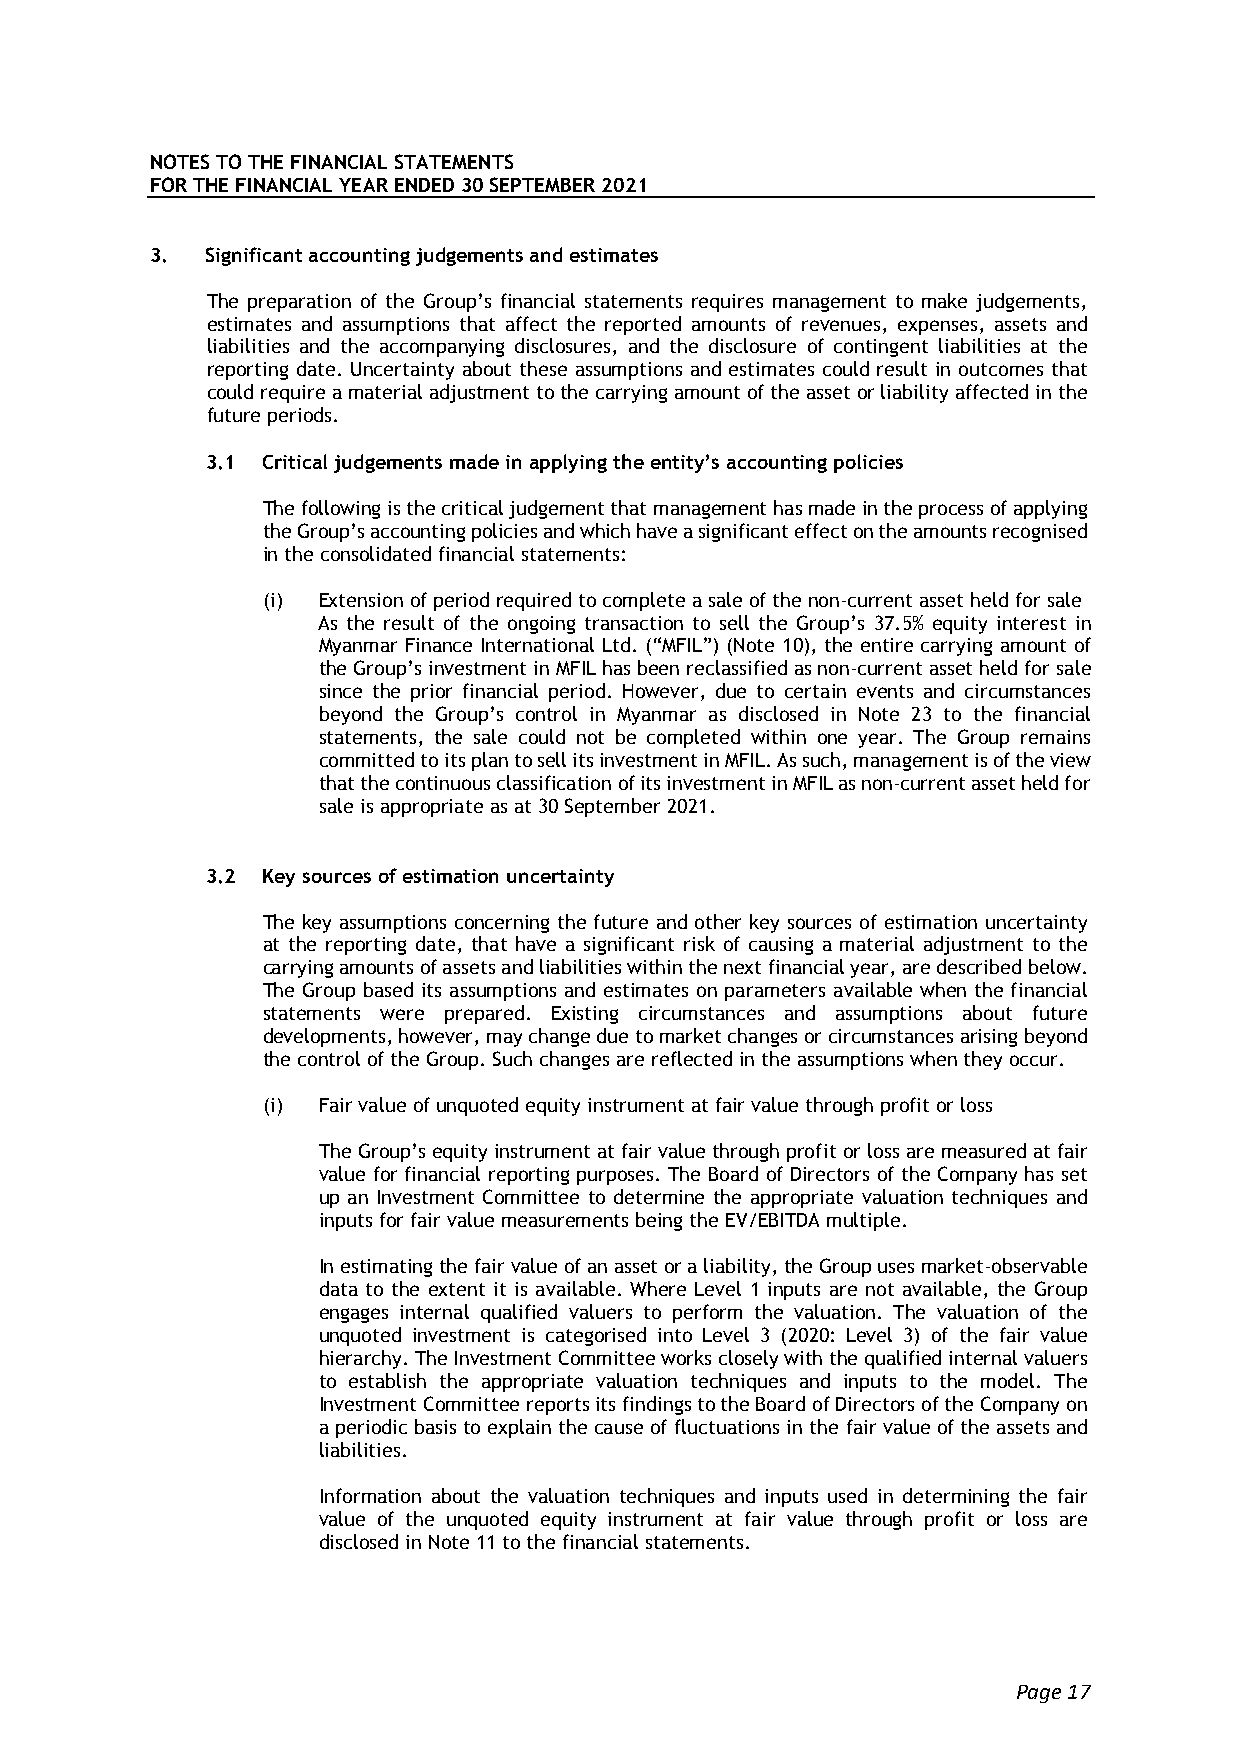
NOTES TO THE FINANCIAL STATEMENTS
 FOR THE FINANCIAL YEAR ENDED 30 SEPTEMBER 2021
 3.  Significant accounting judgements and estimates
 The preparation of the Group’s financial statements requires management to make judgements,
 estimates and assumptions that affect the reported amounts of revenues, expenses, assets and
 liabilities and the accompanying disclosures, and the disclosure of contingent liabilities at the
 reporting date. Uncertainty about these assumptions and estimates could result in outcomes that
 could require a material adjustment to the carrying amount of the asset or liability affected in the
 future periods.
 3.1 Critical judgements made in applying the entity’s accounting policies
 The following is the critical judgement that management has made in the process of applying
 the Group’s accounting policies and which have a significant effect on the amounts recognised
 in the consolidated financial statements:
 (i) Extension of period required to complete a sale of the non-current asset held for sale
 As the result of the ongoing transaction to sell the Group’s 37.5% equity interest in
 Myanmar Finance International Ltd. (“MFIL”) (Note 10), the entire carrying amount of
 the Group’s investment in MFIL has been reclassified as non-current asset held for sale
 since the prior financial period. However, due to certain events and circumstances
 beyond the Group’s control in Myanmar as disclosed in Note 23 to the financial
 statements, the sale could not be completed within one year. The Group remains
 committed to its plan to sell its investment in MFIL. As such, management is of the view
 that the continuous classification of its investment in MFIL as non-current asset held for
 sale is appropriate as at 30 September 2021.
 3.2 Key sources of estimation uncertainty
 The key assumptions concerning the future and other key sources of estimation uncertainty
 at the reporting date, that have a significant risk of causing a material adjustment to the
 carrying amounts of assets and liabilities within the next financial year, are described below.
 The Group based its assumptions and estimates on parameters available when the financial
 statements were prepared. Existing circumstances and assumptions about future
 developments, however, may change due to market changes or circumstances arising beyond
 the control of the Group. Such changes are reflected in the assumptions when they occur.
 (i) Fair value of unquoted equity instrument at fair value through profit or loss
 The Group’s equity instrument at fair value through profit or loss are measured at fair
 value for financial reporting purposes. The Board of Directors of the Company has set
 up an Investment Committee to determine the appropriate valuation techniques and
 inputs for fair value measurements being the EV/EBITDA multiple.
 In estimating the fair value of an asset or a liability, the Group uses market-observable
 data to the extent it is available. Where Level 1 inputs are not available, the Group
 engages internal qualified valuers to perform the valuation. The valuation of the
 unquoted investment is categorised into Level 3 (2020: Level 3) of the fair value
 hierarchy. The Investment Committee works closely with the qualified internal valuers
 to establish the appropriate valuation techniques and inputs to the model. The
 Investment Committee reports its findings to the Board of Directors of the Company on
 a periodic basis to explain the cause of fluctuations in the fair value of the assets and
 liabilities.
 Information about the valuation techniques and inputs used in determining the fair
 value of the unquoted equity instrument at fair value through profit or loss are
 disclosed in Note 11 to the financial statements.
 Page 17